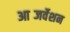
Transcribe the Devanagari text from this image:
आब्जर्वेशन